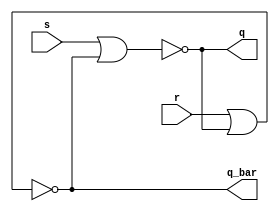
`timescale 1ns / 1ps
//////////////////////////////////////////////////////////////////////////////////
// Company: 
// Engineer: 
// 
// Design Name: 
// Module Name: sr_latch_nor
// Project Name: 
// Target Devices: 
// Tool Versions: 
// Description: 
// 
// Dependencies: 
// 
// Revision:
// Revision 0.01 - File Created
// Additional Comments:
// 
//////////////////////////////////////////////////////////////////////////////////


module sr_latch_nor(s,r,q,q_bar);
input s,r;
output q,q_bar;
nor a1(q,s,q_bar);
nor a2(q_bar,r,q);
endmodule